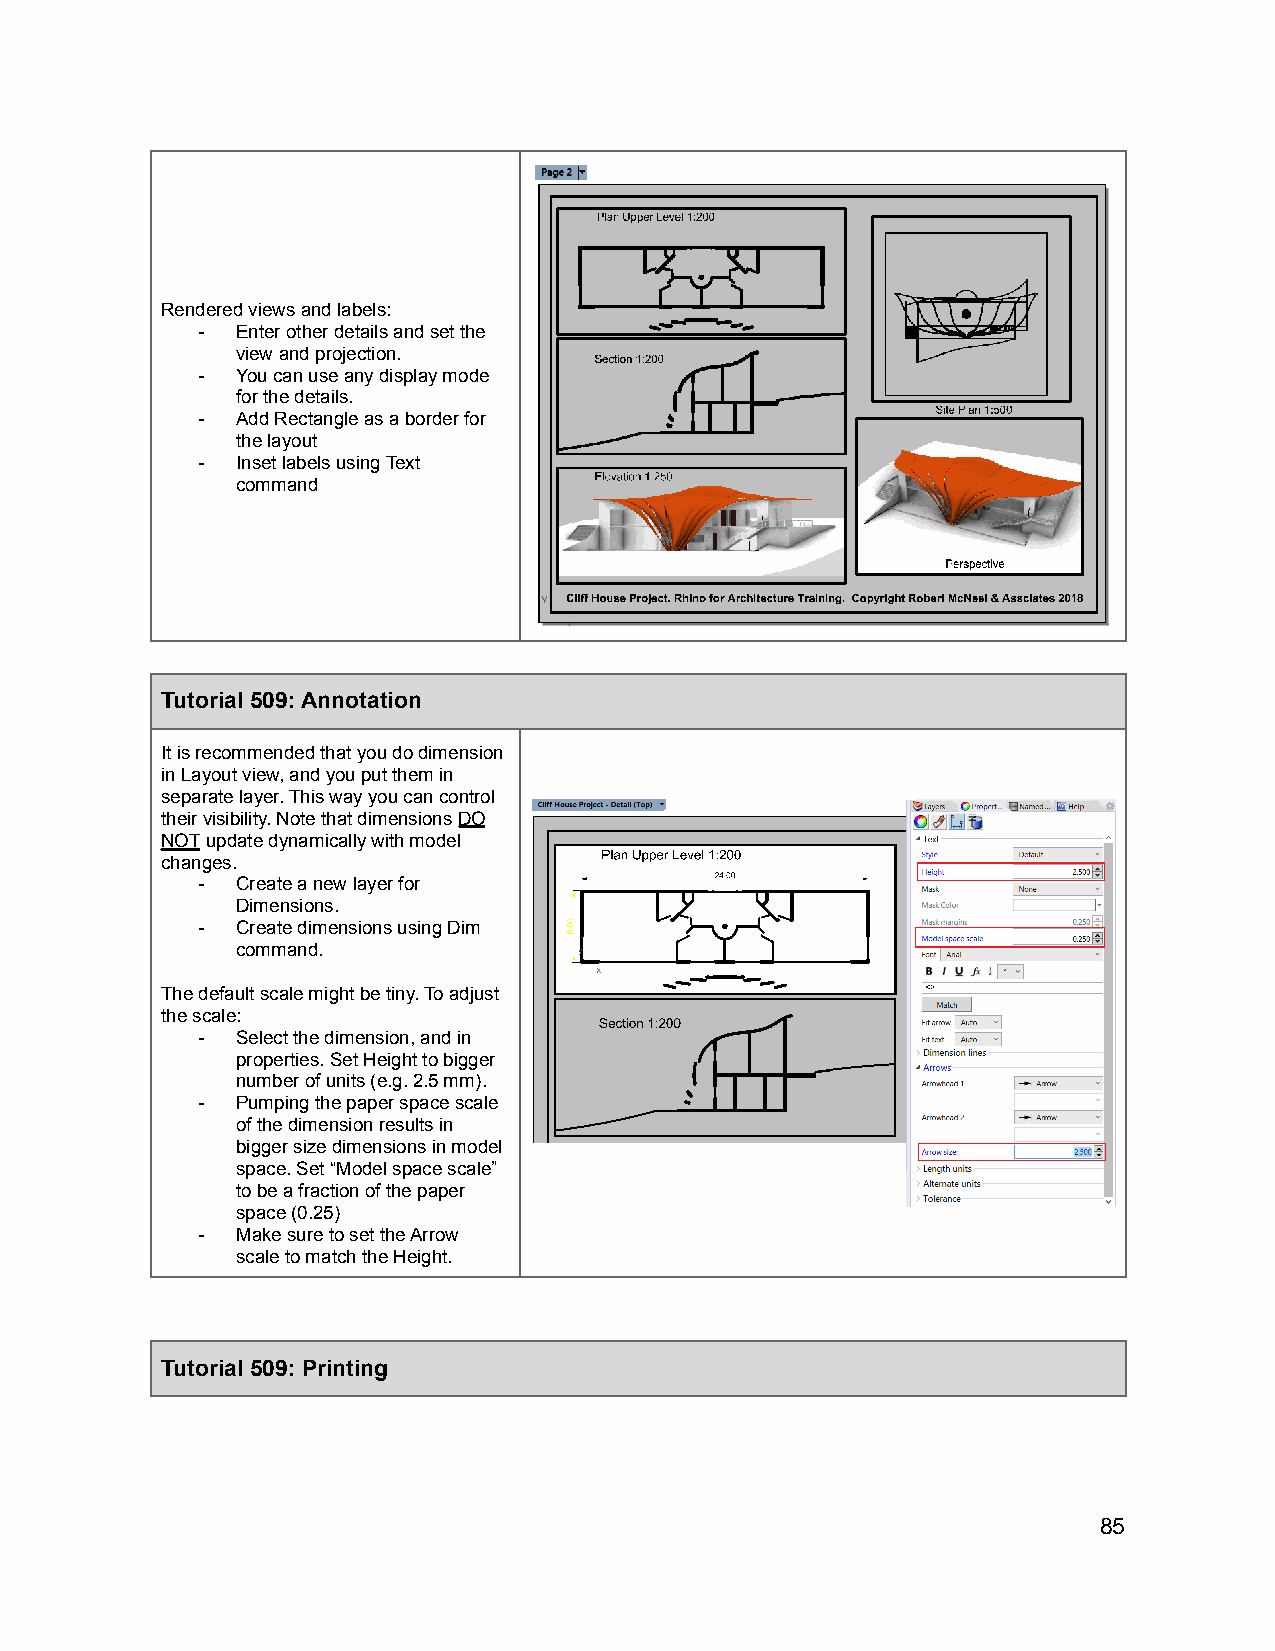
Rendered views and labels:
 -  Enter other details and set the
 view and projection.
 -  You can use any display mode
 for the details.
 -  Add Rectangle as a border for
 the layout
 -  Inset labels using Text
 command
 Tutorial 509: Annotation
 It is recommended that you do dimension
 in Layout view, and you put them in
 separate layer. This way you can control
 their visibility. Note that dimensionsDO
 NOTupdate dynamically with model
 changes.
 -  Create a new layer for
 Dimensions.
 -  Create dimensions using Dim
 command.
 The default scale might be tiny. To adjust
 the scale:
 -  Select the dimension, and in
 properties. Set Height to bigger
 number of units (e.g. 2.5 mm).
 -  Pumping the paper space scale
 of the dimension results in
 bigger size dimensions in model
 space. Set “Model space scale”
 to be a fraction of the paper
 space (0.25)
 -  Make sure to set the Arrow
 scale to match the Height.
 Tutorial 509: Printing
 85